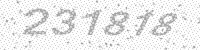
Solution: 231818